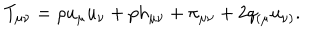
LaTeX: T _ { \mu \nu } = \rho u _ { \mu } u _ { \nu } + p h _ { \mu \nu } + \pi _ { \mu \nu } + 2 q _ { ( \mu } u _ { \nu ) } .